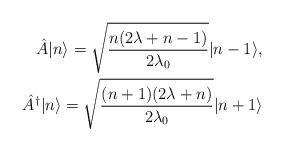
LaTeX: \begin{align*}\hat A \vert n \rangle=\sqrt{\frac{n(2\lambda+n-1)}{2\lambda_0}}\vert n-1 \rangle, \\\ \hat A^{\dagger}\vert n \rangle=\sqrt{\frac{(n+1)(2\lambda+n)}{2\lambda_0}}\vert n+1 \rangle\end{align*}